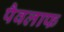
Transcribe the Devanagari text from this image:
पैवलाफ